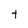
Character: t